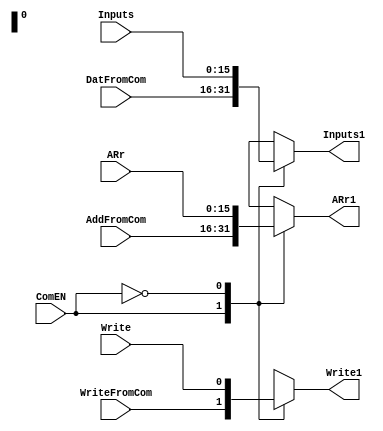
`timescale 1ns / 1ps
//////////////////////////////////////////////////////////////////////////////////
// Company: 
// Engineer: 
// 
// Design Name: 
// Module Name:    ComProSelect 
// Project Name: 
// Target Devices: 
// Tool versions: 
// Description: 
//
// Dependencies: 
//
// Revision: 
// Revision 0.01 - File Created
// Additional Comments: 
//
//////////////////////////////////////////////////////////////////////////////////
module ComProSelect(ComEN , WriteFromCom , DatFromCom, AddFromCom, Write , Inputs , ARr , Write1 , Inputs1 , ARr1 
    );
input ComEN;
input WriteFromCom;
input Write;
input [15:0] DatFromCom;
input [15:0] AddFromCom;
input [15:0] ARr;
input [15:0] Inputs;
output Write1;
reg SWrite1;
output [15:0] ARr1;
reg [15:0] SARr1;
output [15:0] Inputs1;
reg [15:0] SInputs1;

always @(ComEN or WriteFromCom or AddFromCom or DatFromCom or Write or ARr or Inputs)
begin
	case (ComEN)
	1'b1:
	begin
	 SWrite1<=WriteFromCom;
	 SARr1<=AddFromCom;
	 SInputs1 <= DatFromCom;
	end
	1'b0:
	begin
	 SWrite1 <= Write;
	 SARr1 <= ARr;
	 SInputs1 <= Inputs;
	end
	endcase
end

assign Write1 = SWrite1;
assign Inputs1 = SInputs1;
assign ARr1 = SARr1;
endmodule